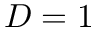
D = 1